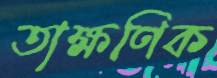
তাক্ষণিক